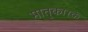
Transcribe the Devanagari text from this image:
मातृ्कारक